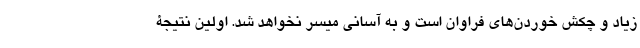
زیاد و چکش خوردن‌های فراوان است و به آسانی میسر نخواهد شد. اولین نتیجۀ